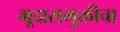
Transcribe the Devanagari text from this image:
भूदासमुक्तीचा